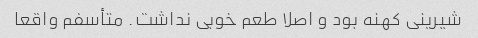
شیرینی کهنه بود و اصلا طعم خوبی نداشت. متأسفم واقعا